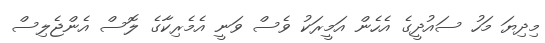
މިދިޔަ މަހު ސައުދީގެ އެހެން އަމީރަކު ވެސް ވަނީ އެމެރިކާގެ ލޮސް އެންޖެލިސް